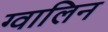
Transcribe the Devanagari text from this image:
ग्वालिन